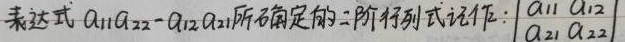
表达式\(a_{11}a_{22}-a_{12}a_{21}\)所确定的二阶行列式记作：\(\begin{vmatrix}a_{11}&a_{12}\\a_{21}&a_{22}\end{vmatrix}\)